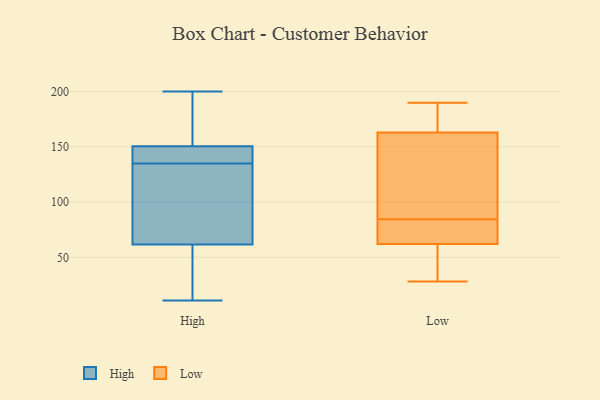
{"axis": {"x": "Tickets Resolved", "y": "Value"}, "legend": ["High", "Low"], "data": [{"x": "", "y": 11, "type": "High"}, {"x": "", "y": 66, "type": "High"}, {"x": "", "y": 95, "type": "High"}, {"x": "", "y": 151, "type": "High"}, {"x": "", "y": 144, "type": "High"}, {"x": "", "y": 158, "type": "High"}, {"x": "", "y": 36, "type": "High"}, {"x": "", "y": 149, "type": "High"}, {"x": "", "y": 157, "type": "High"}, {"x": "", "y": 60, "type": "High"}, {"x": "", "y": 58, "type": "High"}, {"x": "", "y": 137, "type": "High"}, {"x": "", "y": 135, "type": "High"}, {"x": "", "y": 194, "type": "High"}, {"x": "", "y": 125, "type": "High"}, {"x": "", "y": 200, "type": "High"}, {"x": "", "y": 31, "type": "High"}, {"x": "", "y": 132, "type": "High"}, {"x": "", "y": 145, "type": "High"}, {"x": "", "y": 67, "type": "Low"}, {"x": "", "y": 178, "type": "Low"}, {"x": "", "y": 58, "type": "Low"}, {"x": "", "y": 28, "type": "Low"}, {"x": "", "y": 72, "type": "Low"}, {"x": "", "y": 129, "type": "Low"}, {"x": "", "y": 190, "type": "Low"}, {"x": "", "y": 163, "type": "Low"}, {"x": "", "y": 62, "type": "Low"}, {"x": "", "y": 97, "type": "Low"}]}